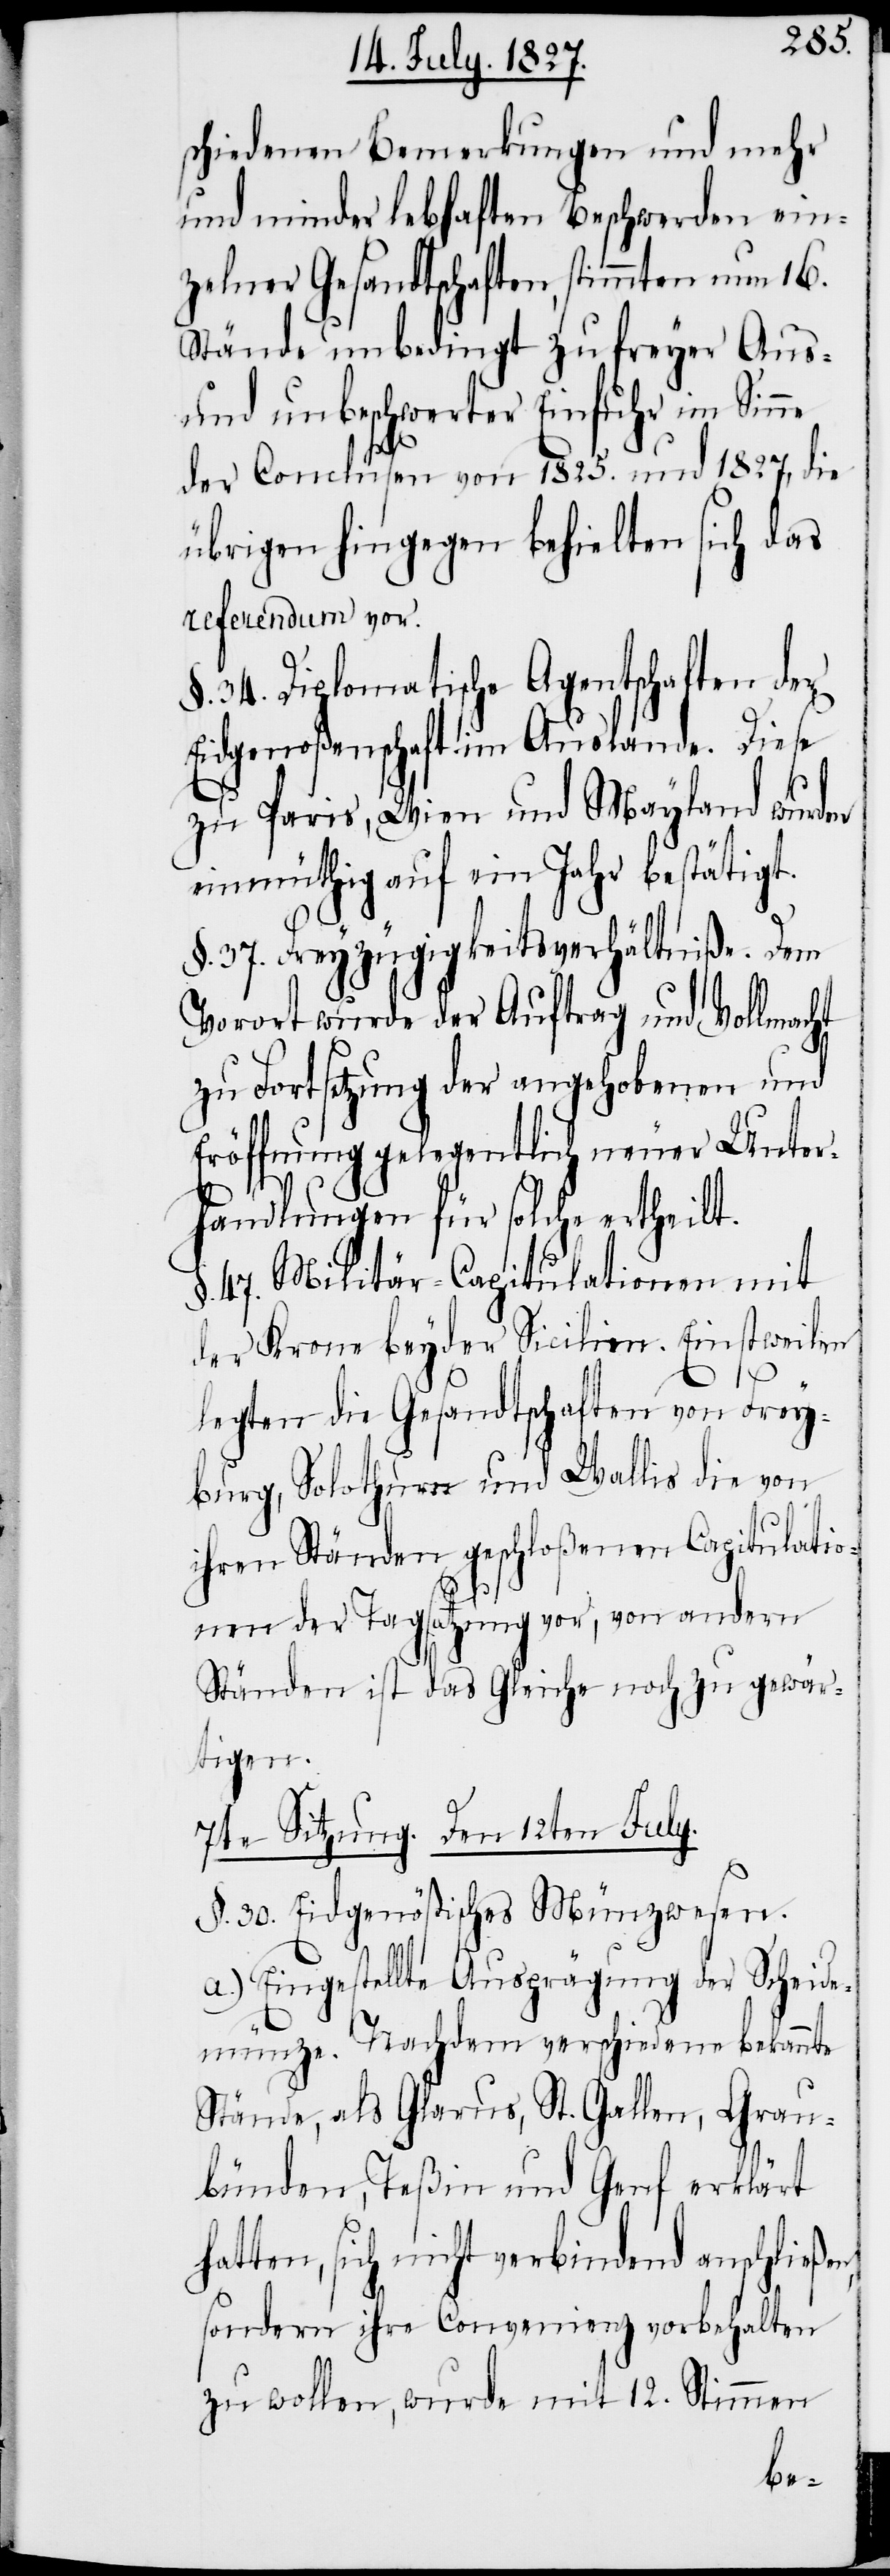
n,
schiedenen Bemerkungen und mehr
und minder lebhaften Beschwerden ein¬
zelner Gesandtschaften, stimmten nun 16.
Stände unbedingt zu freyer Aus-
und unbeschwerter Einfuhr im Sinne
der Conclusen von 1825. und 1827, die
übrigen hingegen behielten sich das
referendum vor.
§. 34. Diplomatische Agentschaften der
Eidgenoßenschaft im Auslande. Diese
zu Paris, Wien und Mayland wurden
einmüthig auf ein Jahr bestätigt.
§. 37. Freyzügigkeitsverhältniße. Dem
Vorort wurde der Auftrag und Vollmacht
zu Fortsetzung der angehobenen und
Eröffnung gelegentlich neuer Unter¬
handlungen für solche ertheilt.
§. 47. Militär-Capitulationen mit
der Krone beyder Sicilen. Einstweilen
legten die Gesandtschaften von Frey¬
burg, Solothurn und Wallis die von
ihren Ständen geschloßenen Capitulatio¬
nen der Tagsatzung vor, von andern
Ständen ist das Gleiche noch zu gewär¬
tigen.
7te Sitzung. Den 12ten July.
§. 30. Eidgenößisches Münzwesen.
a.) Eingestellte Ausprägung der Scheide¬
münze. Nachdem verschiedene bekannte
Stände, als Glarus, St. Gallen, Grau¬
bünden, Teßin und Genf erklärt
hatten, sich nicht verbindend anschließe¬
sondern ihre Convenienz vorbehalten
zu wollen, wurde mit 12. Stimmen